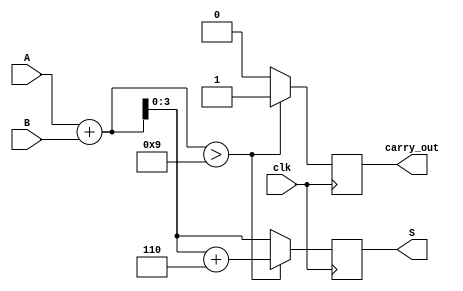
module BCD_Redundant_Binary_Adder(
    input [3:0] A,        // BCD input A
    input [3:0] B,        // BCD input B
    input clk,            // Clock signal
    output reg [3:0] S,   // BCD output result
    output reg carry_out   // Carry out
);
    wire [4:0] sum;       // Intermediate sum (5 bits to accommodate carry)
    wire [3:0] adjust_val = 4'b0110; // Value to add for BCD correction

    // Full adder logic to compute the sum of A and B
    assign sum = A + B;

    always @(posedge clk) begin
        if (sum > 4'b1001) begin
            // If sum exceeds 9, add 6 for BCD adjustment
            S <= sum + adjust_val;
            carry_out <= 1; // Set carry out
        end else begin
            S <= sum;
            carry_out <= 0; // No carry out
        end
    end
endmodule